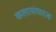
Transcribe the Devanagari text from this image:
कलासंपादक